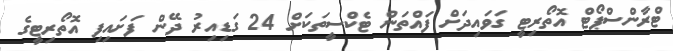
ޓްރާންސްޕޯޓް އޮތޯރިޓީ ގަވައިދަށް ފައްތަން ޓެކްސީތަކަށް 24 ގަޑިއިރު ދޭން ފަށައިފި އޮތޯރިޓީގެ